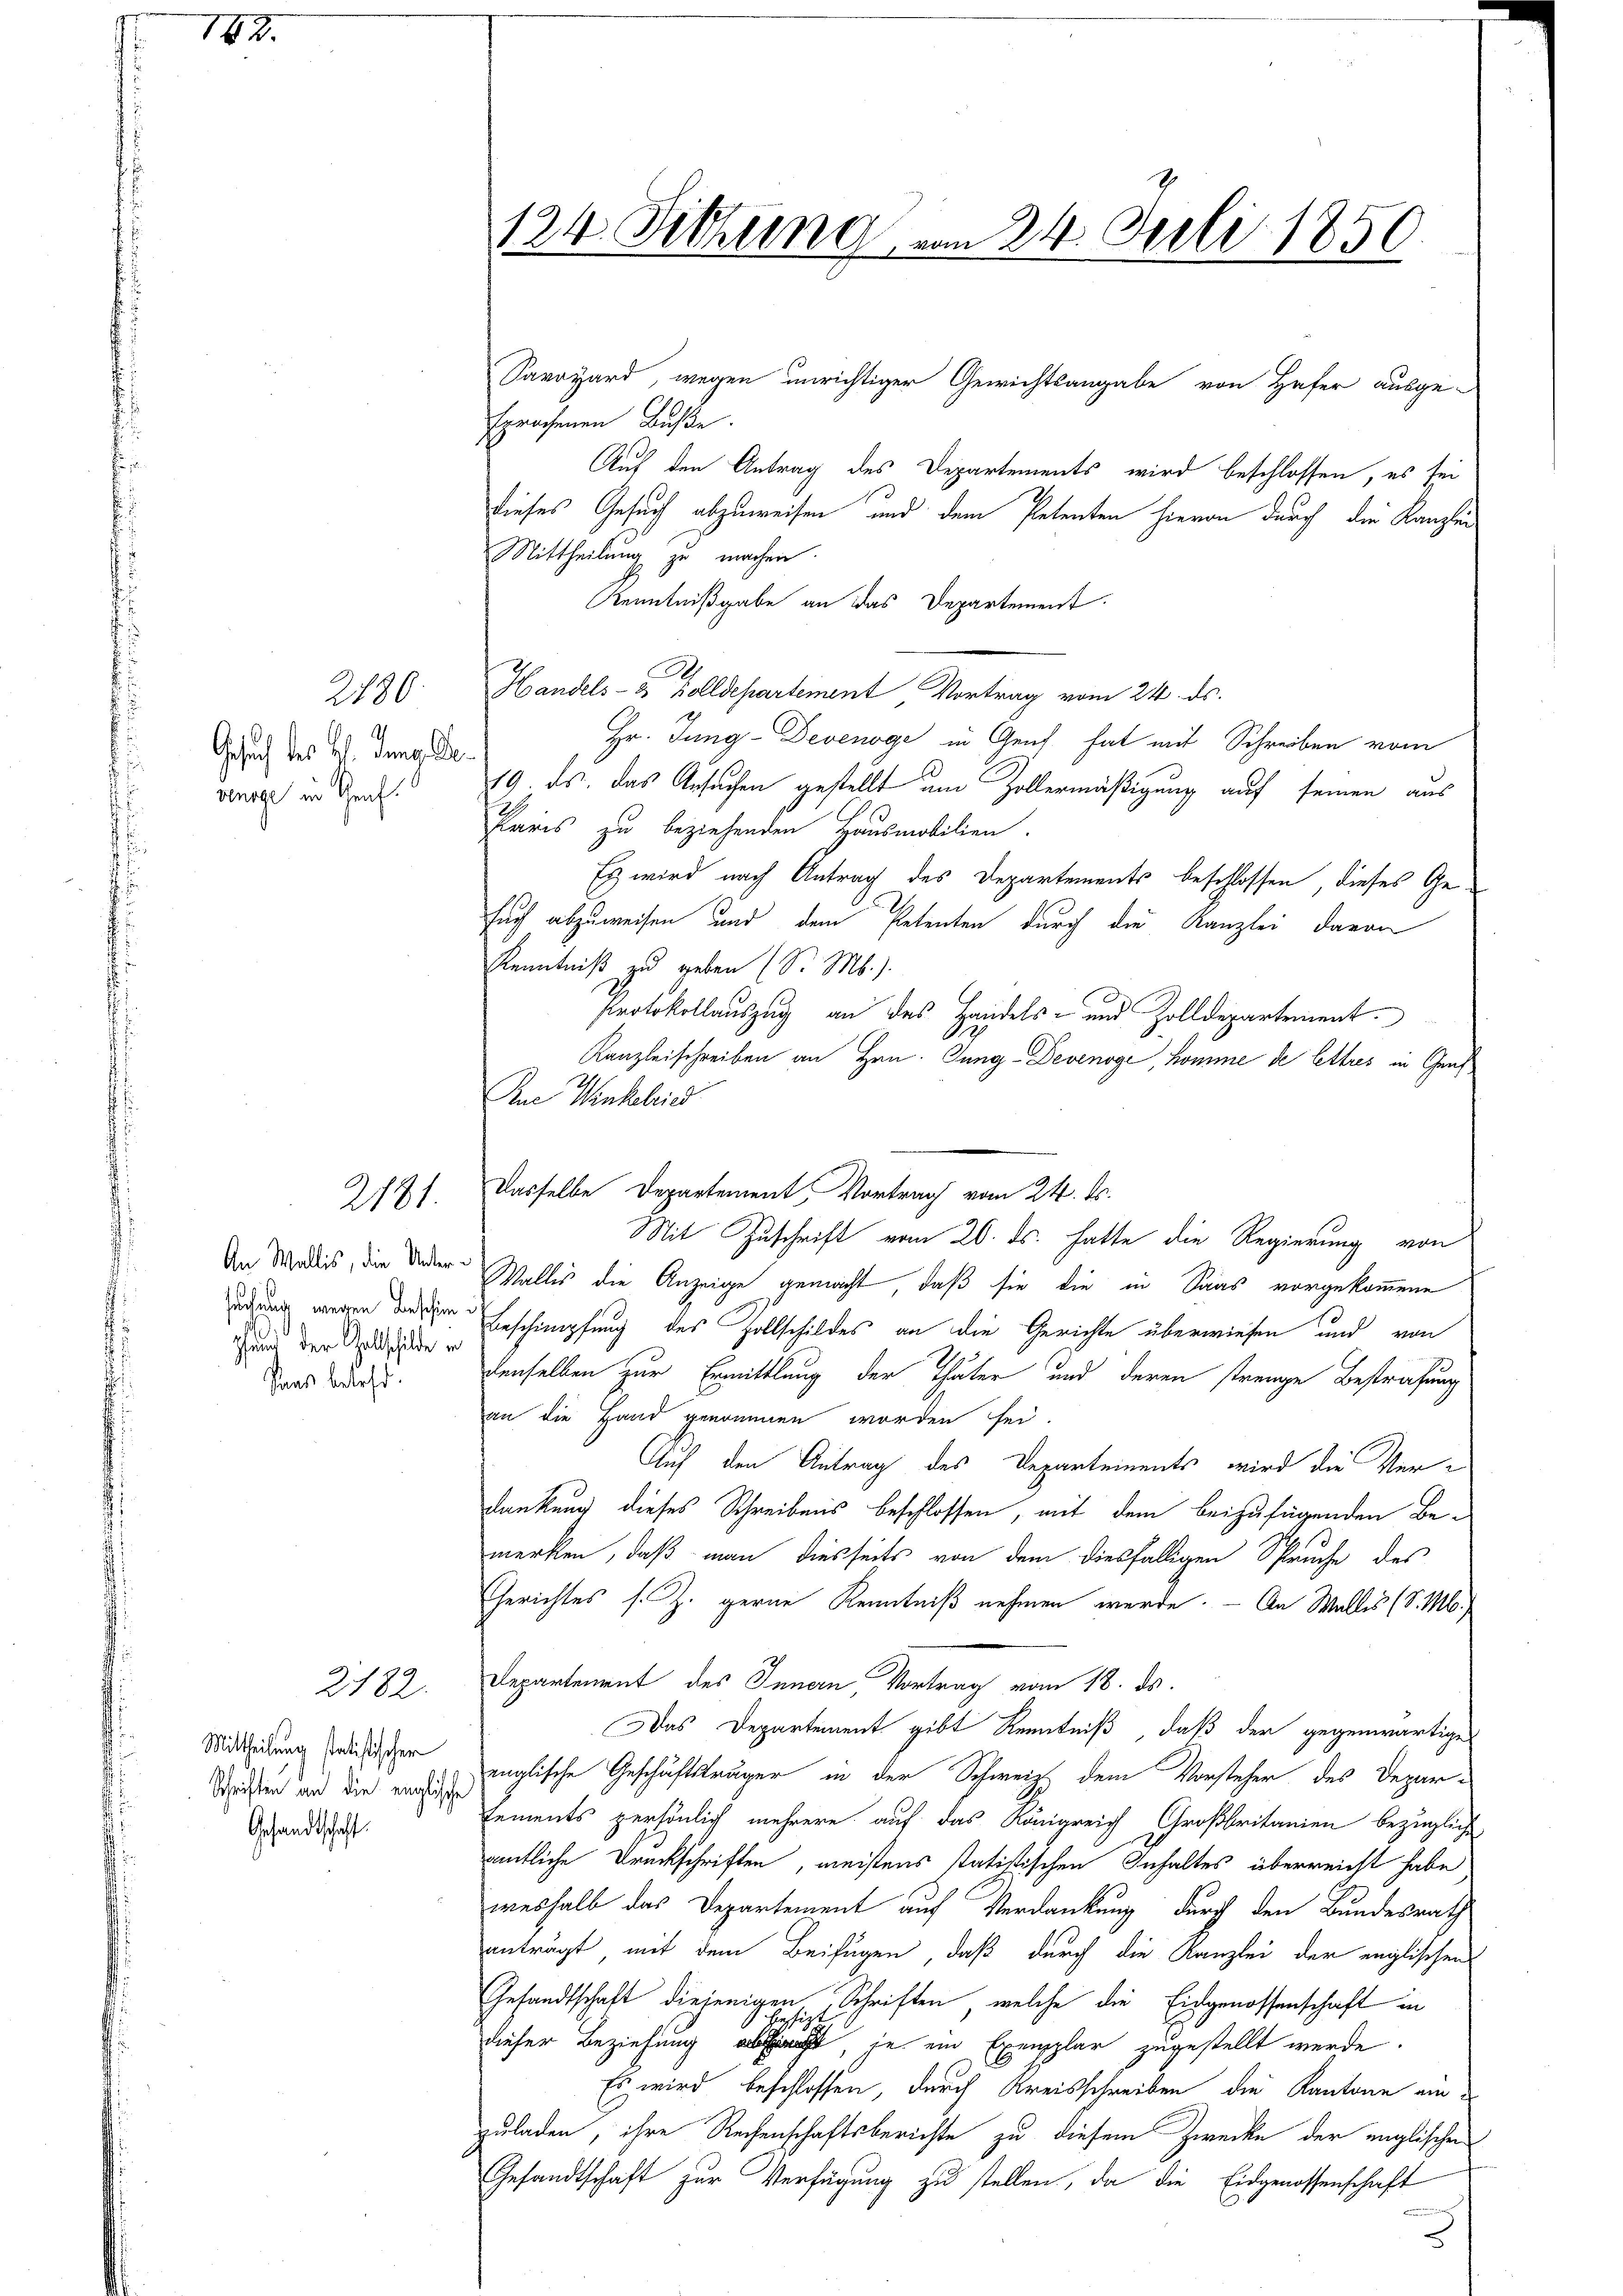
18

Gesuch des Hl. Jung. De
wenige in Graf.

2180.

2181.

An Wallis, die Unter¬
Pfund der Geltschilde er
Dans besteht.

2182.

Mittheilung statistischer
Schriften an die englisch
Gesandtschaft.

Savoyard wegen unrichtiger Gewichtsangabe von Hafer ausge-
sprochenen Buße
Auf den Antrag des Departements wird beschlossen, es sei
dieses Gesuch abzuweisen und dem Petenten hievon durch die Kanzlei¬
Mittheilung zu machen.
Kenntnißgabe an das Departement.
Handels- & Zolldepartement Vortrag vom 24. ds.
Hr. Jung-Devenoge in Genf hat mit Schreiben vom
19. ds. das Ansuchen gestellt um Zollermäßigung auf seinen aus
Paris zu beziehenden Hausmobilien.
Es wird nach Antrag des Departements beschlossen, dieses Ge-
such abzuweisen und dem Petenten durch die Kanzlei davon
Kenntniß zu geben (S. M.).
Protokollauszug an das Handels- und Zolldepartement
Kanzleischreiben an Hrn. Jung-Devenoge, komme de lettres in Genf
An Winkelric
Dasselbe Departement, Vortrag vom 24. ds.
Mit Zuschrift vom 20. ds. hatte die Regierung von
Wallis die Anzeige gemacht, daß sie die in Saas vorgekommene
edung wegen der Erschimpfung des Zollschildes an die Gerichte überwiesen und von
denselben zur Ermittlung der Thäter und deren strenge Bestrafung
an die Hand genommen worden sei.
Auf den Antrag des Departements wird die Verdankung dieses Schreibens beschlossen, mit dem beizufügenden Bemerken, daß man diesseits von dem diesfälligen Spruche des
Gerichtes s. Z. gerne Kenntniß nehmen wurde. — An Walles (S. M.
Departement des Innern, Vortrag vom 18. ds.
Das Departement gibt Kenntniß, daß der gegenwärtige
englische Geschäftsträger in der Schweiz dem Vorsteher des Depar-
Eements persönlich mehrere auf das Königreich Großbritanien bezügliche
amtliche Drückschriften, meistens statistischen Inhaltes überreicht habe
weshalb das Departement auf Verdankung durch den Bundesrath
anträgt, mit dem Beifügen, daß durch die Kanzlei der englischen
Gesandtschaft diejenigen Schriften, welche die Eidgenossenschaft in
dieser Beziehung, je ein Exemplar zugestellt werde.
Es wird beschlossen, durch Kreisschreiben die Kantone einzuladen, ihre Rechenschaftsberichte zu diesem Zwecke der englischen
Gesandtschaft zur Verfügung zu stellen, da die Eidgenossenschaft
D

124. Sitzung vom 24. Juli 1850
u